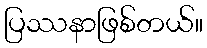
ပြဿနာဖြစ်တယ်။